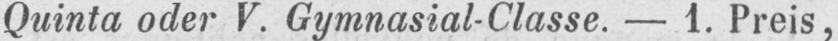
Quinta oder V. Gymnasial-Classe. - 1. Preis,